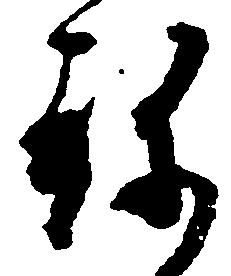
ね